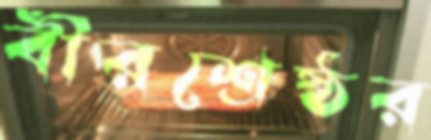
বীরশ্রেষ্ঠর